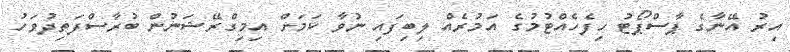
އިރު އޭނާގެ ޕާސްޕޯޓު ހިފެހެއްޓުމުގެ އަމުރެއް ލިބިފައި ނުވާ ކަމަށް އިމިގްރޭޝަނުން ބުރާސްފަތިދުވަހު